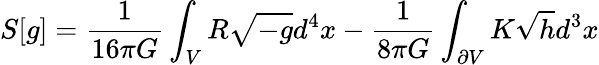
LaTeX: S[g]=\frac{1}{16\pi G}\int_{V}R\sqrt{-g}d^{4}x-\frac{1}{8\pi G}\int_{\partial V}K\sqrt{h}d^{3}x